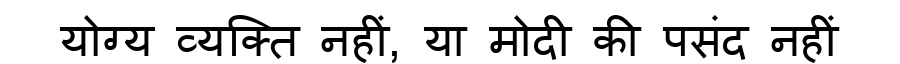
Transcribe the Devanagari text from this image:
योग्य व्यक्ति नहीं, या मोदी की पसंद नहीं